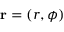
\mathbf { r } = ( r , \phi )